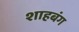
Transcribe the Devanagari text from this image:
शाहबंग